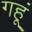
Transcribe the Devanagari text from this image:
गहूं